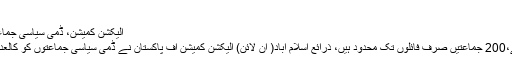
فردوس عاشق […]
الیکشن کمیشن، ڈمی سیاسی جماعتوں کو کالعدم قرار دینے کیلئے کام شروع
رجسٹرڈ سیاسی جماعتوں کی تعداد307 ہے،200 جماعتیں صرف فائلوں تک محدود ہیں، ذرائع اسلام آباد( آن لائن) الیکشن کمیشن آف پاکستان نے ڈمی سیاسی جماعتوں کو کالعدم قرار دینے کے لئے کام شروع کردیا ہے۔